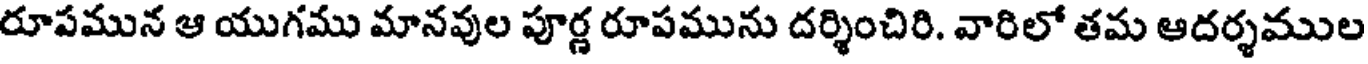
రూపమున ఆ యుగము మానవుల పూర్ణ రూపమును దర్శించిరి. వారిలో తమ ఆదర్శముల